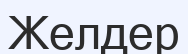
Желдер